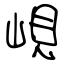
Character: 峴